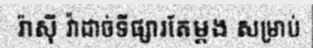
រ៉ាស៊ី វ៉ាដាច់ទីផ្សារតែម្តង សម្រាប់